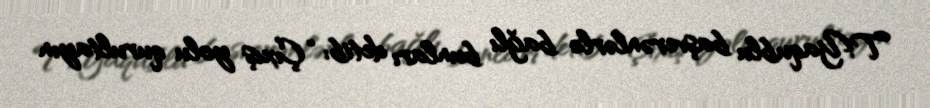
T.Yaqublu başverənlərlə bağlı bunları detib: “Çıxış yolu qurultayın